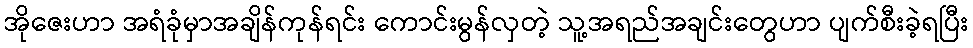
အိုဇေးဟာ အရံခုံမှာအချိန်ကုန်ရင်း ကောင်းမွန်လှတဲ့ သူ့အရည်အချင်းတွေဟာ ပျက်စီးခဲ့ရပြီး